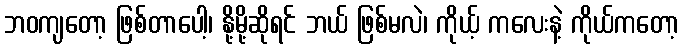
ဘဝကျတော့ ဖြစ်တာပေါ့၊ နို့မို့ဆိုရင် ဘယ် ဖြစ်မလဲ၊ ကိုယ့် ကလေးနဲ့ ကိုယ်ကတော့